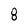
Character: 8